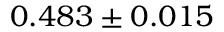
0 . 4 8 3 \pm 0 . 0 1 5